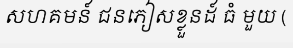
សហគមន៍ ជនភៀសខ្លួនដ៍ ធំ មួយ (